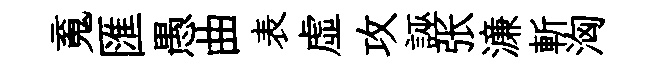
䰟匯愚曲表虛攻誣张濓斬洶